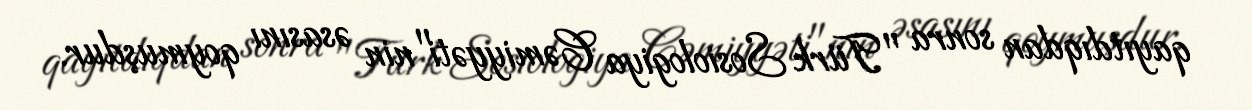
qayıtdıqdan sonra "Türk Sosiologiya Cəmiyyəti"nin əsasını qoymuşdur.